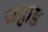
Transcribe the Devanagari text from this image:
चहाड